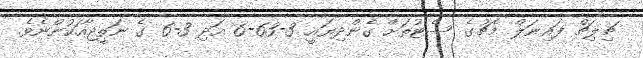
ޗިލިޗް ފައިނަލް މެޗުގެ ސެޓުތަށް ގެންދިޔައީ 3-63-6 އަދި 3-6 ގެ ނަތީޖާއަކުންނެވެ.